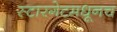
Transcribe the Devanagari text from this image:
स्टारगेटमधूनच